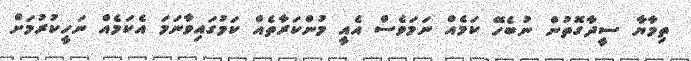
ތިމާޔާ ސީދާގޮތުން ނުބެހޭ ކަމެއް ނަމަވެސް އެއީ މުންކަރާތެއް ކަމުގައިވާނަމަ އެކަމެއް ނަހީކުރުމަށް